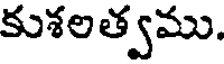
కుశలత్వము.